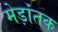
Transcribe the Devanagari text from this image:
मेड़ांतक